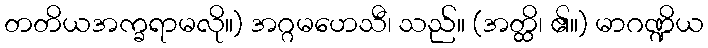
တတိယအက္ခရာမလို။) အဂ္ဂမဟေသီ၊ သည်။ (အတ္ထိ၊ ၏။) မာဂဏ္ဍိယ